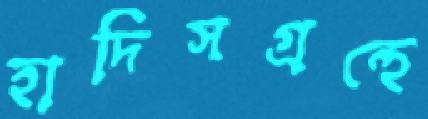
হাদিসগ্রন্থে